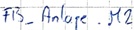
Text: FB_Anlage.M2